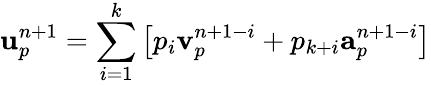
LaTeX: \mathbf{u}_{p}^{n+1}=\sum_{i=1}^{k}\left[p_{i}\mathbf{v}_{p}^{n+1-i}+p_{k+i}\mathbf{a}_{p}^{n+1-i}\right]